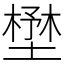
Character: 𡐨